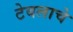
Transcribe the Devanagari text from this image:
टेबलाचे